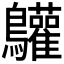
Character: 𪈩